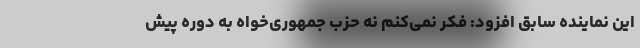
این نماینده سابق افزود: فکر نمی‌کنم نه حزب جمهوری‌خواه به دوره پیش